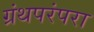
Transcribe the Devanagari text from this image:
ग्रंथपरंपरा